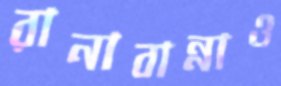
রানাবান্নাও